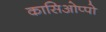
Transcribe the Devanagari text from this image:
कासिओप्पो